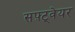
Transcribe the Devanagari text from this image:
सफ़्ट्वेयर